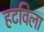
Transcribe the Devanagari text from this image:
हटविला